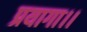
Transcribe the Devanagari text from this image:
प्रयागा।।